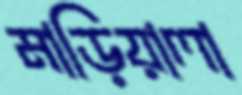
মাড়িয়ালা